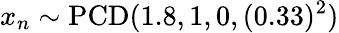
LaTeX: x_{n}\sim\operatorname{PCD}(1.8,1,0,(0.33)^{2})